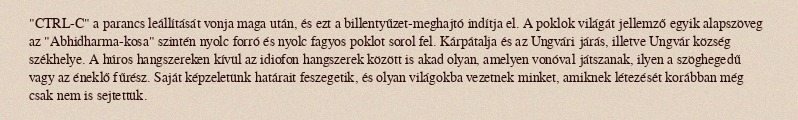
"CTRL-C" a parancs leállítását vonja maga után, és ezt a billentyűzet-meghajtó indítja el. A poklok világát jellemző egyik alapszöveg az "Abhidharma-kosa" szintén nyolc forró és nyolc fagyos poklot sorol fel. Kárpátalja és az Ungvári járás, illetve Ungvár község székhelye. A húros hangszereken kívül az idiofon hangszerek között is akad olyan, amelyen vonóval játszanak, ilyen a szöghegedű vagy az éneklő fűrész. Saját képzeletünk határait feszegetik, és olyan világokba vezetnek minket, amiknek létezését korábban még csak nem is sejtettük.